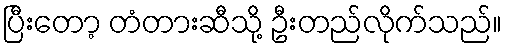
ပြီးတော့ တံတားဆီသို့ ဦးတည်လိုက်သည်။